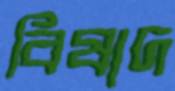
বিষাদ